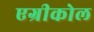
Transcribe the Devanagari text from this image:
एग्रीकोल